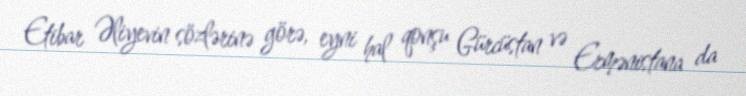
Etibar Əliyevin sözlərinə görə, eyni hal qonşu Gürcüstan və Ermənistana da